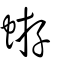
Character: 蝣